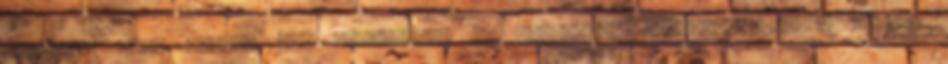
hatályos DIN, ÖNORM, SIA előírások. Az elkészült épületszerkezeti elemek